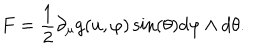
LaTeX: F = \frac { 1 } { 2 } \partial _ { \mu } g ( u , \varphi ) \sin ( \theta ) d \varphi \wedge d \theta .